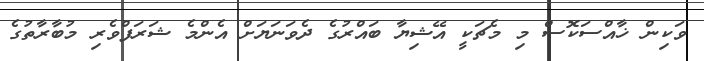
ވަކިން ޚާއްސަކޮސް މި މެޗަކީ އޭޝިޔާ ބައްރުގެ ދެވަނަޔަށް އެންމެ ޝަރަފްވެރި މުބާރާތުގެ